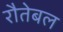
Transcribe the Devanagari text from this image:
रौतेबल